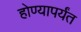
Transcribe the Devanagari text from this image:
होण्यापर्यंत